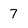
Character: 7